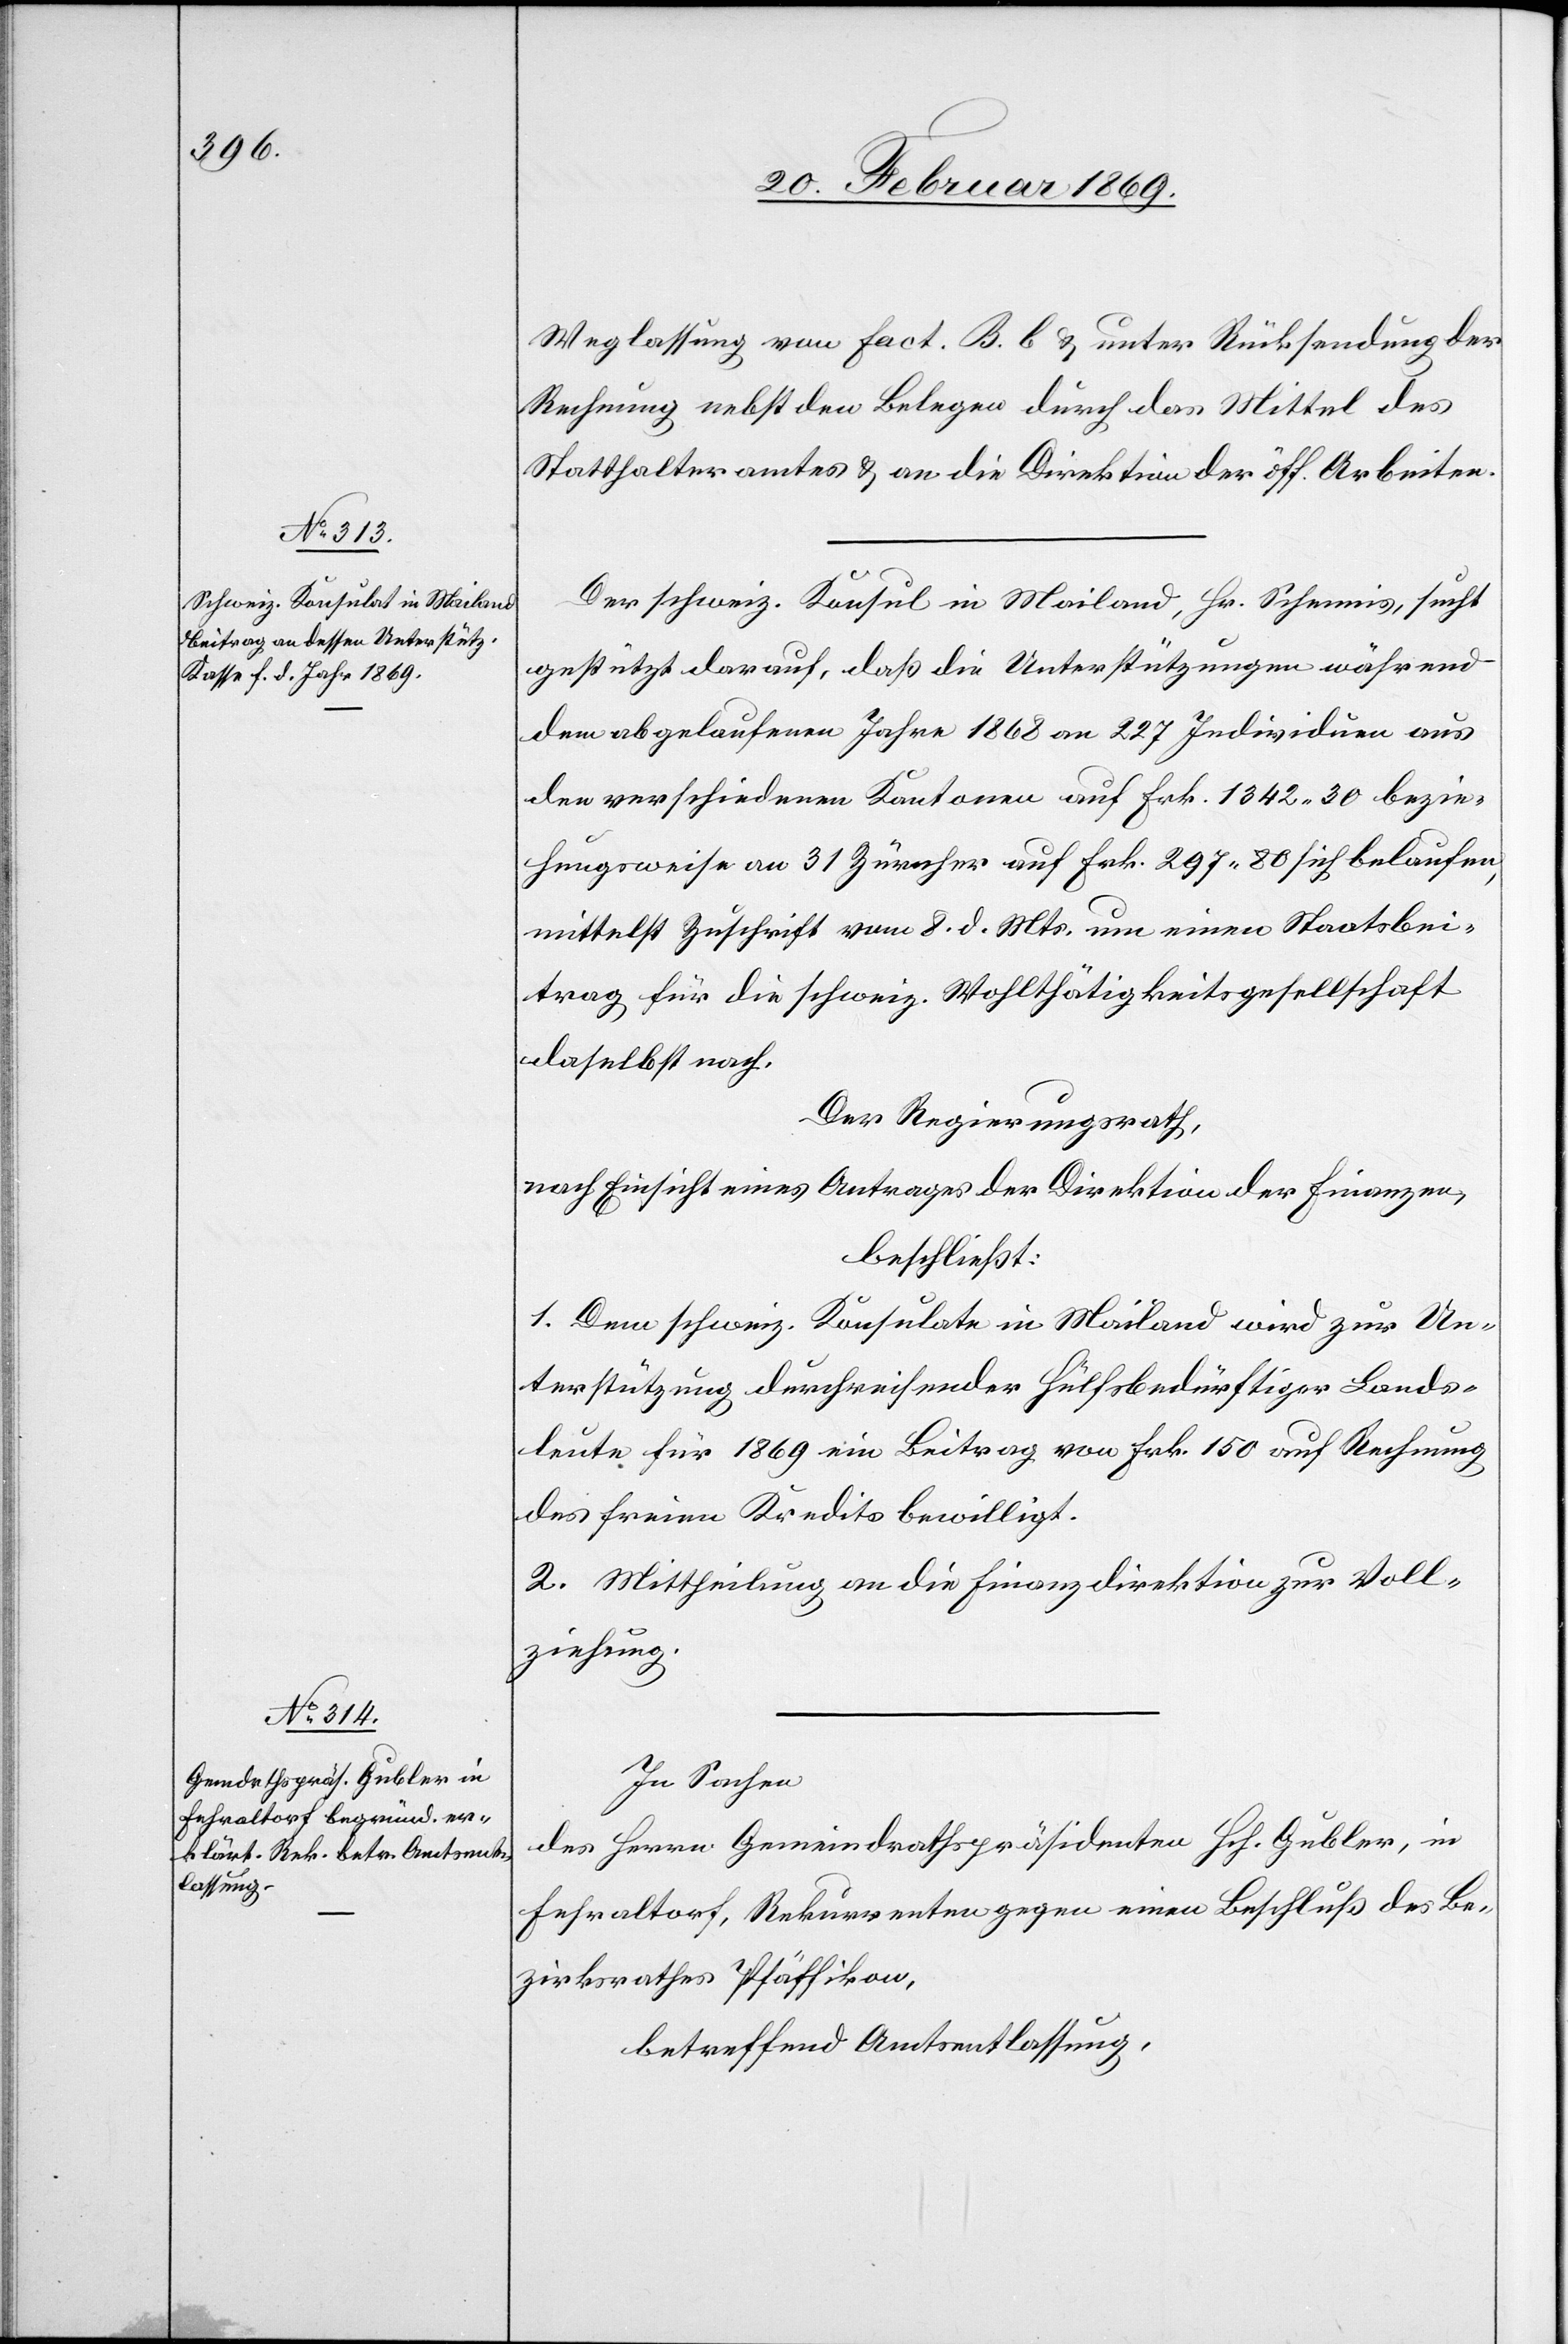
Weglassung von Fact. B. b & unter Rücksendung der
Rechnung nebst den Belegen durch das Mittel des
Statthalteramtes & an die Direktion der öff. Arbeiten.
Der schweiz. Konsul in Mailand, Hr. Schennis, sucht
gestützt darauf, daß die Unterstützungen während
dem abgelaufenen Jahre 1868 an 227 Individuen aus
den verschiedenen Kantonen auf Frk. 1342 30 bezie¬
hungsweise an 31 Zürcher auf Frk. 297 80 sich belaufen,
mittelst Zuschrift vom 8. d. Mts. um einen Staatsbei¬
trag für die schweiz. Wohlthätigkeitsgesellschaft
daselbst nach.
Der Regierungsrath,
nach Einsicht eines Antrages der Direktion der Finanzen,
beschließt:
1. Dem schweiz. Konsulate in Mailand wird zur Un¬
terstützung durchreichender hülfsbedürftiger Lands¬
leute für 1869 ein Beitrag von Frk. 150 auf Rechnung
des freien Kredits bewilligt.
2. Mittheilung an die Finanzdirektion zur Voll¬
ziehung.
In Sachen
des Herrn Gemeindrathspräsidenten Hch. Gubler, in
Fehraltorf, Rekurrenten gegen einen Beschluß des Be¬
zirksrathes Pfäffikon,
betreffend Amtsentlassung,